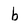
Character: b